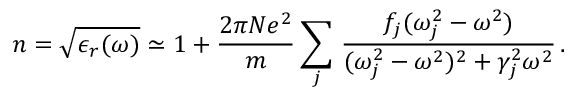
n = \sqrt { \epsilon _ { r } ( \omega ) } \simeq 1 + \frac { 2 \pi N e ^ { 2 } } { m } \sum _ { j } \, \frac { f _ { j } ( \omega _ { j } ^ { 2 } - \omega ^ { 2 } ) } { ( \omega _ { j } ^ { 2 } - \omega ^ { 2 } ) ^ { 2 } + \gamma _ { j } ^ { 2 } \omega ^ { 2 } } \, .